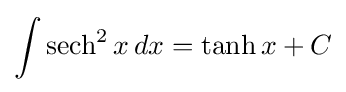
\int \operatorname {sech} ^{2}x\,dx=\tanh x+C